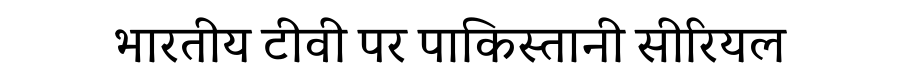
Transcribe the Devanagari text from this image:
भारतीय टीवी पर पाकिस्तानी सीरियल